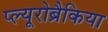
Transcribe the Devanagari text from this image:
प्ल्यूरोब्रैकिया